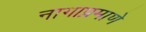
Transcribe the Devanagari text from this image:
नागाप्रमाणे